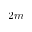
2 m